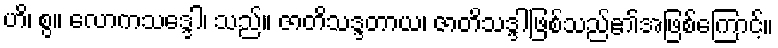
ဟိ၊ စွ။ လောကသဒ္ဒေါ၊ သည်။ ဇာတိသဒ္ဒတာယ၊ ဇာတိသဒ္ဒါဖြစ်သည်၏အဖြစ်ကြောင့်။